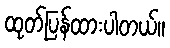
ထုတ်ပြန်ထားပါတယ်။